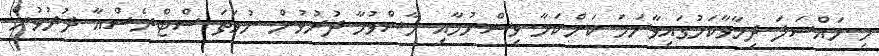
މި މައްސަލަ ދިމާވާކަމުގައިވާނަމަ ކަންކަމާ ވިސްނުމާއި ހާސްވުމާ ދުރުވުން ނުވަތަ ސްޓްރެސްއާ ދުރުވުން